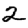
Digit: 2